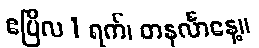
ဧပြီလ 1 ရက်၊ တနင်္လာနေ့။